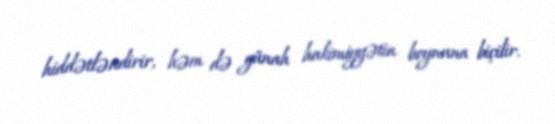
hiddətləndirir, həm də günah hakimiyyətin boynuna biçilir.